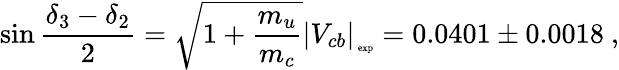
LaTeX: \sin\frac{\delta_{3}-\delta_{2}}{2}=\sqrt{1+\frac{m_{u}}{m_{c}}}\left|V_{cb}\right|_{\mathrm{{\tiny~exp}}}=0.0401\pm 0.0018\ ,